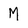
Character: M